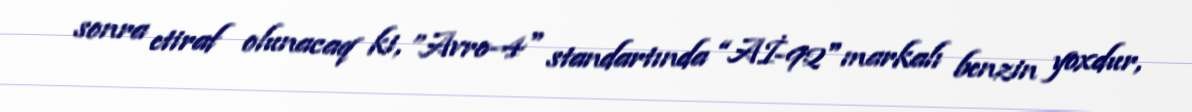
sonra etiraf olunacaq ki, ”Avro-4" standartında “Aİ-92" markalı benzin yoxdur,